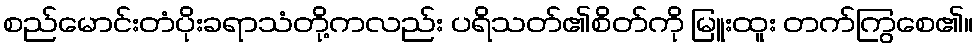
စည်မောင်းတံပိုးခရာသံတို့ကလည်း ပရိသတ်၏စိတ်ကို မြူးထူး တက်ကြွစေ၏။